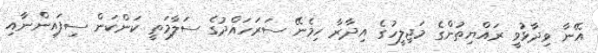
އޭނާ ވިދާޅުވީ ރައްޔިތުންގެ މަޖިލީހުގެ އިދާރާ ހިމެނޭ ސަރަހައްދުގެ ސަލާމަތީ ކަންކަން ސިފައިންނާއި